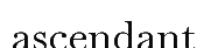
ascendant